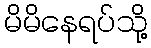
မိမိနေရပ်သို့